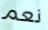
نعم